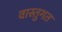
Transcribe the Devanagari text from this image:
वास्तुगत